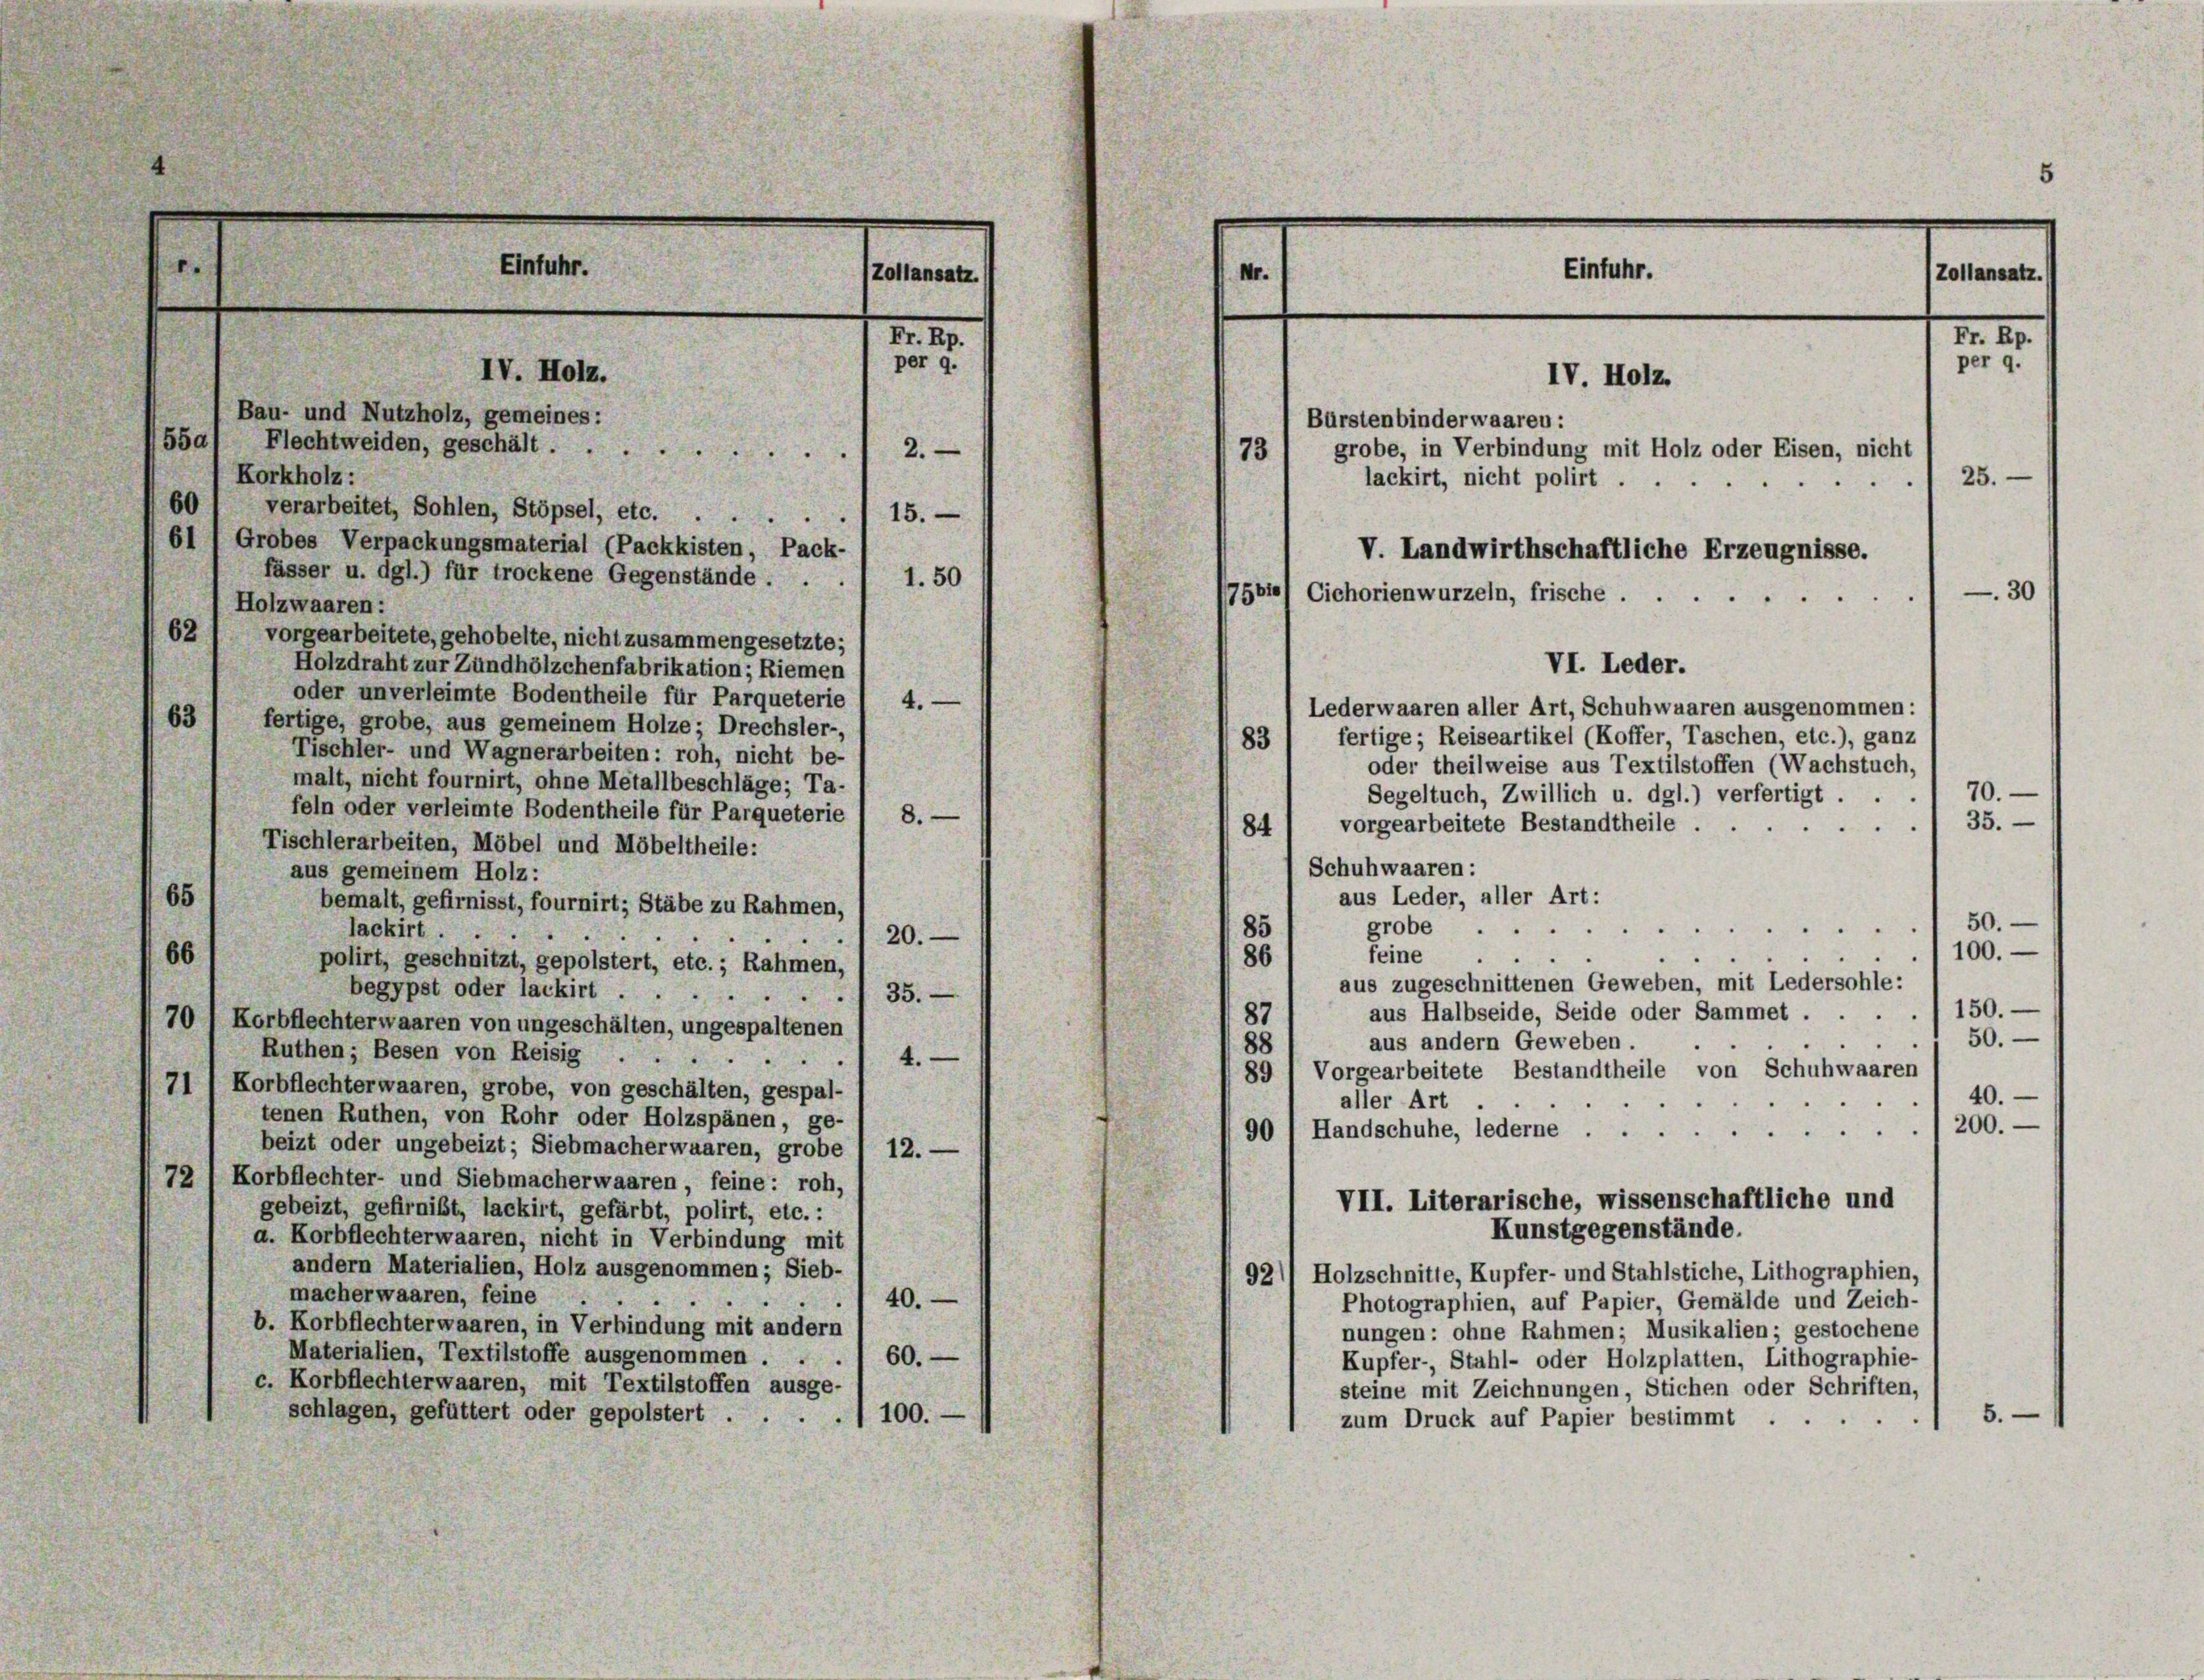
.
Einfuhr.
Zollansatz.

Nr. 17.
IV. Holz.
Bau- und Nutzholz, gemeines:
5541 Flechtweiden, geschält . .
2.
e
Korkholz :
60
verarbeitet, Sohlen, Stöpsel, etc. 15.
61 ) Grobes Verpackungsmaterial (Packkisten, Pack-
fässer u. dgl.) für trockene Gegenstände . .
1.50
Holzwaaren:

per 9.

62
vorgearbeitete, gehobelte, nicht zusammengesetzte;
Holzdraht zur Zündhölzchenfabrikation; Riemen
oder unverleimte Bodentheile für Parqueterie
Lederwaaren aller Art, Schuhwaaren ausgenommen:
63
fertige, grobe, aus gemeinem Holze; Drechsler-
fertige; Reiseartikel (Koffer, Taschen, etc.), ganz
83
Tischler- und Wagnerarbeiten: roh, nicht be-
oder theilweise aus Textilstoffen (Wachstuch,
malt, nicht fournirt, ohne Metallbeschläge; Ta-
70.
Segeltuch, Zwillich u. dgl.) verfertigt
feln oder verleimte Bodentheile für Parqueterie 1 8. —
35.
vorgearbeitete Bestandtheile .
84
Tischlerarbeiten, Möbel und Möbeltheile:
Schuhwaaren:
aus gemeinem Holz:
65
aus Leder, aller Art:
bemalt, gefirnisst, fournirt; Stäbe zu Rahmen,
50.
grobe

85
lackirt.
20.
100.
66
86
feine
polirt, geschnitzt, gepolstert, etc.; Rahmen,
aus zugeschnittenen Geweben, mit Ledersohle:
begypst oder lackirt ...
35.
/150.
aus Halbseide, Seide oder Sammet .
87
70 / Korbflechterwaaren von ungeschälten, ungespaltenen
50.
aus andern Geweben.
88
Ruthen; Besen von Reisig ..
4.
.
89 I Vorgearbeitete Bestandtheile von Schuhwaaren
71 1 Korbflechterwaaren, grobe, von geschälten, gespal-
40.
aller Art
tenen Ruthen, von Rohr oder Holzspänen, ge-
1200.
90 / Handschuhe, lederne
beizt oder ungebeizt; Siebmacherwaaren, grobe 1 12. —
72, Korbflechter- und Siebmacherwaaren, feine: roh,
VII. Literarische, wissenschaftliche und
gebeizt, gefirnibt, lackirt, gefärbt, polirt, etc.:
Kunstgegenstände.
a. Korbflechterwaaren, nicht in Verbindung mit
andern Materialien, Holz ausgenommen; Sieb-
921 Holzschnitte, Kupfer- und Stahlstiche, Lithographien,
macherwaaren, feine
40.
Photographien, auf Papier Gemälde und Zeich-
b. Korbflechterwaaren, in Verbindung mit andern
nungen: ohne Rahmen; Musikalien; gestochene
Materialien, Textilstoffe ausgenommen . .
60.
Kupfer-, Stahl- oder Holzplatten, Lithographie-
c. Korbflechterwaaren, mit Textilstoffen ausge-
steine mit Zeichnungen, Stichen oder Schriften,
schlagen, gefüttert oder gepolstert ...
5.
) 100.
zum Druck auf Papier bestimmt

4.

5
Einfuhr.
M.
M. 11.
per 9.
IV. Holz.
Bürstenbinderwaaren:
grobe, in Verbindung mit Holz oder Eisen, nicht
73
lackirt, nicht polirt.
25.
V. Landwirthschaftliche Erzeugnisse.
30
7500
Cichorienwurzeln, frische .

VI. Leder.

Zollansatz.